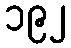
၁၉၂